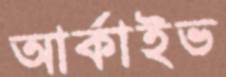
আর্কাইভ